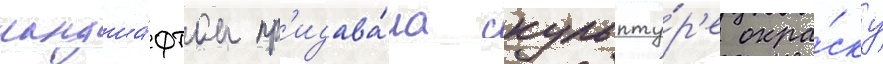
ландша́фтом пр'идава́ла скульпту́р'е окра́ску